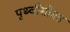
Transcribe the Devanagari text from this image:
पृथ्वीसोबत